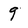
Character: 9